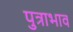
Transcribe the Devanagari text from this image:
पुत्राभाव